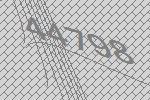
44798